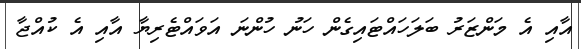
އާއި އެ މަންޒަރު ބަލަހައްޓައިގެން ހަނު ހުންނަ އަވައްޓެރިޔާ އާއި އެ ކުއްޖާ